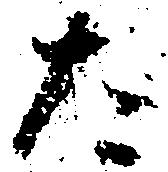
た